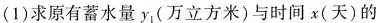
(1)求原有蓄水量y_{1}(万立方米)与时间x(天)的